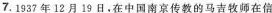
7.1937年12月19日，在中国南京传教的马吉牧师在信